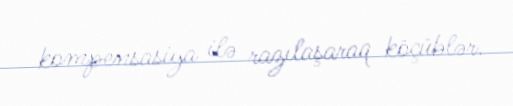
kompensasiya ilə razılaşaraq köçüblər.